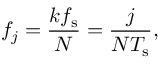
f _ { j } = \frac { k f _ { \mathrm { s } } } { N } = \frac { j } { N T _ { \mathrm { s } } } ,